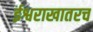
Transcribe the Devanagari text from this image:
ईश्वराखातरच